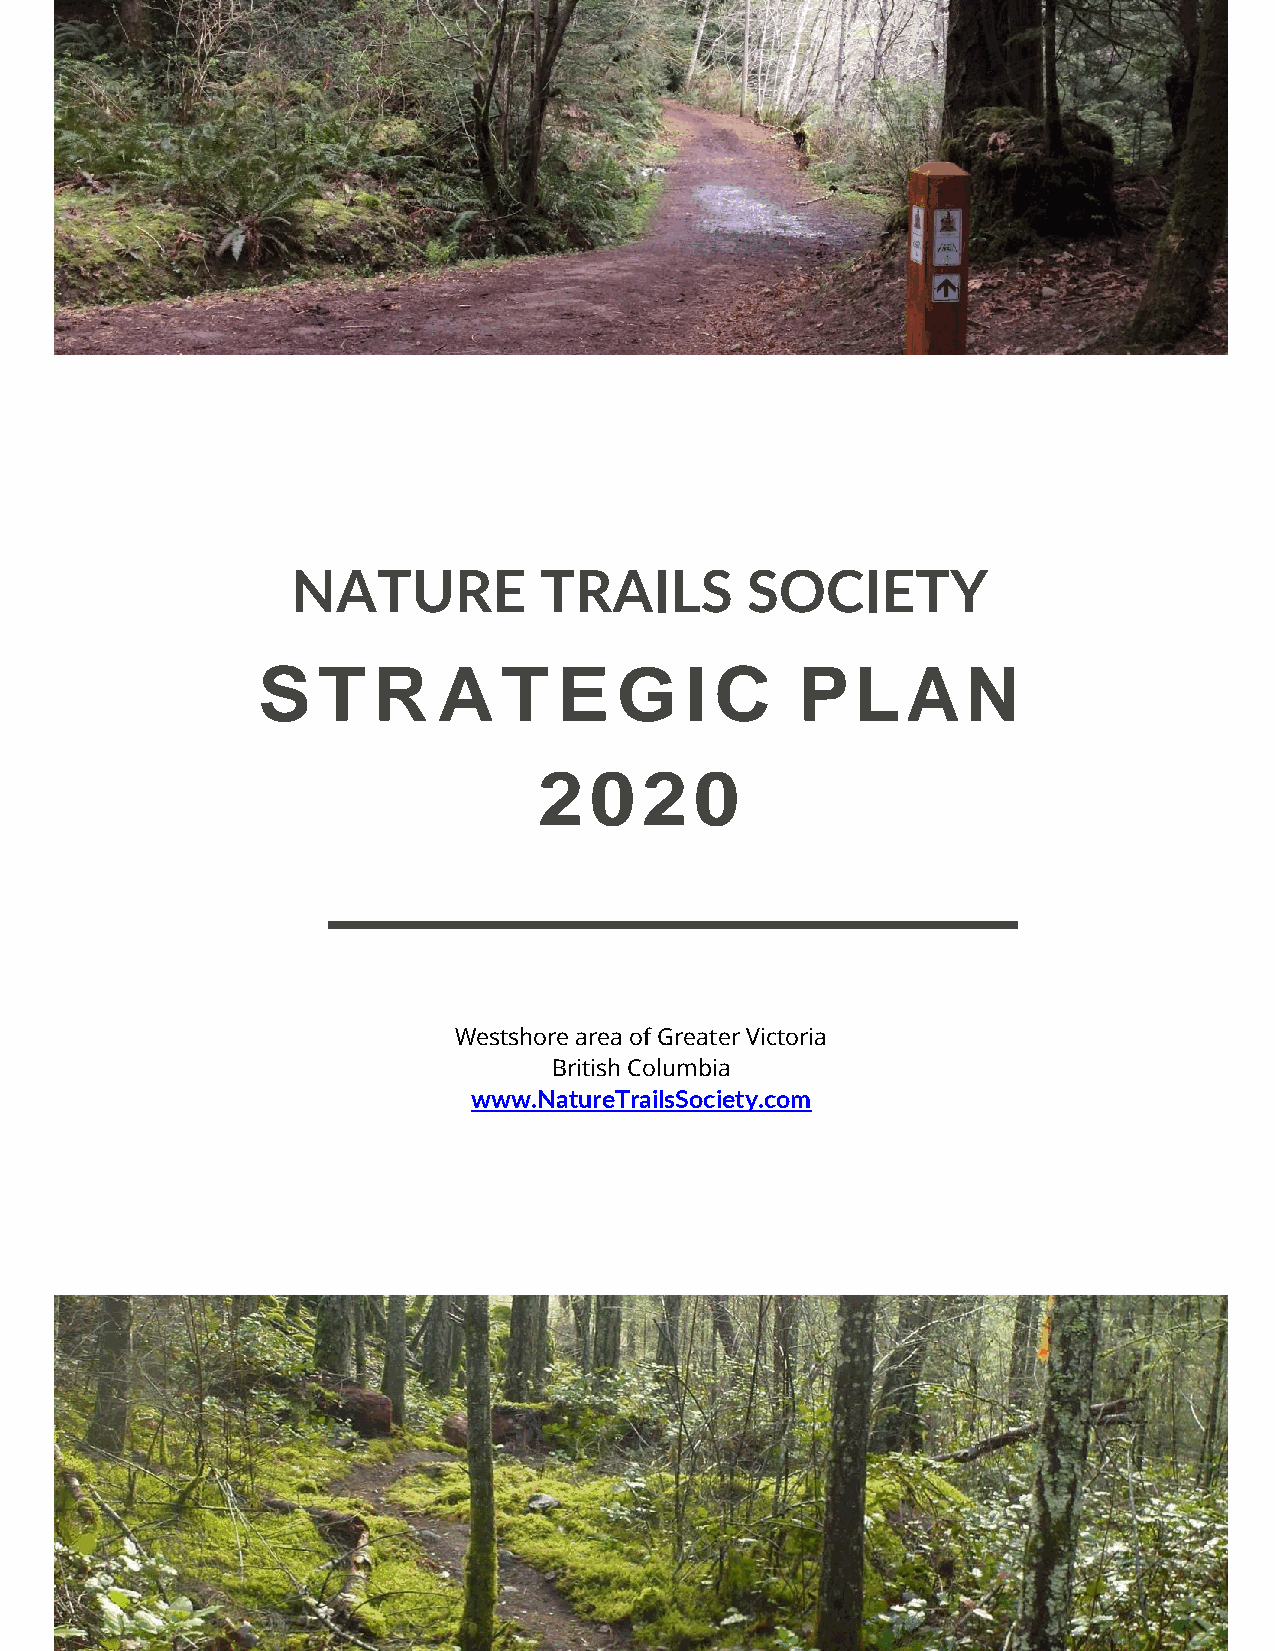
NATURE           TRAILS       SOCIETY
 S   T   R   A   T   E   G   I C     PLAN
 2020
 Westshore area of Greater Victoria
 British Columbia
 www.NatureTrailsSociety.com